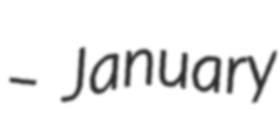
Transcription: – January